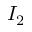
I _ { 2 }